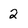
Character: 2